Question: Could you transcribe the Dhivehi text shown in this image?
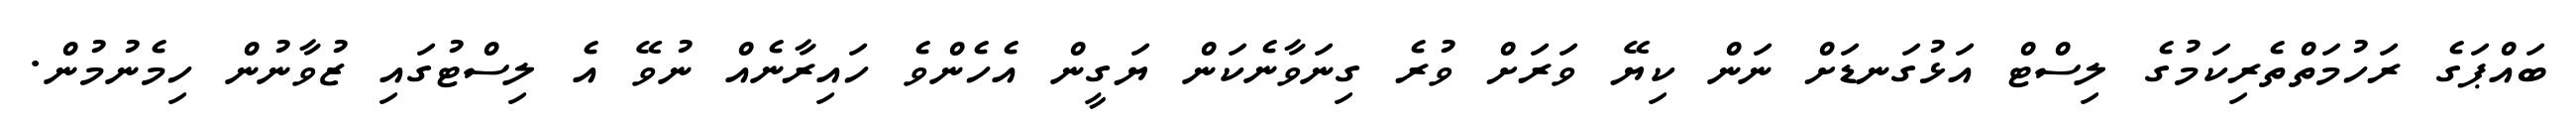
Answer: ބައްޕަގެ ރަހުމަތްތެރިކަމުގެ ލިސްޓް އަޅުގަނޑަށް ނަން ކިޔޭ ވަރަށް ވުރެ ގިނަވާނެކަން ޔަގީން އެހެންވެ ހައިރާނެއް ނުވޭ އެ ލިސްޓުގައި ޒުވާނުން ހިމެނުމުން.